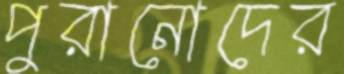
পুরানোদের